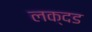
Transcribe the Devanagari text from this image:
लक्दड